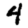
Digit: 4